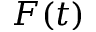
F ( t )